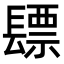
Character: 𮤃